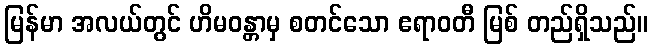
မြန်မာ အလယ်တွင် ဟိမဝန္တာမှ စတင်သော ဧရာဝတီ မြစ် တည်ရှိသည်။